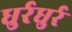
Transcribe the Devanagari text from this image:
धुर्रधुर्र